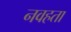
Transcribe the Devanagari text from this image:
नवहता